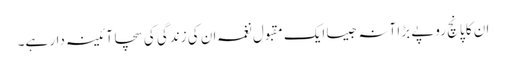
ان کا پانچ روپے بڑا آنہ جیسا ایک مقبول نغمہ ان کی زندگی کی سچا آئینہ دار ہے۔